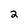
Character: 2